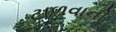
ટાળવાની